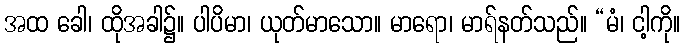
အထ ခေါ၊ ထိုအခါ၌။ ပါပိမာ၊ ယုတ်မာသော။ မာရော၊ မာရ်နတ်သည်။ “မံ၊ ငါ့ကို။